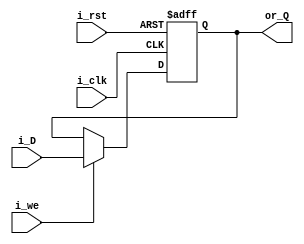
// Register for the FRANK6000 processor

module Register #(parameter WIDTH=8) (
    input      [WIDTH-1:0] i_D,
    input                  i_clk, i_rst, i_we,
    output reg [WIDTH-1:0] or_Q);
    
    always @(posedge i_clk, posedge i_rst) begin
        if (i_rst)     or_Q <= 'b0;
        else if (i_we) or_Q <= i_D;
    end

endmodule